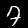
Digit: 7